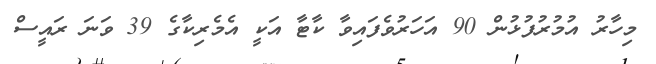
މިހާރު އުމުރުފުޅުން 90 އަހަރުވެފައިވާ ކާޓާ އަކީ އެމެރިކާގެ 39 ވަނަ ރައީސް